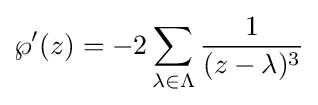
\wp '(z)=-2\sum _{\lambda \in \Lambda }{\frac {1}{(z-\lambda )^{3}}}